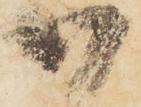
御